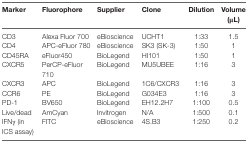
| Marker | Fluorophore | Supplier | Clone | Dilution | Volume (μL) |
 | --- | --- | --- | --- | --- | --- |
 | CD3 | Alexa Fluor 700 | eBioscience | UCHT1 | 1:33 | 1.5 |
 | CD4 | APC-eFluor 780 | eBioscience | SK3 (SK-3) | 1:50 | 1 |
 | CD45RA | eFluor450 | BioLegend | HI101 | 1:50 | 1 |
 | CXCR5 | PerCP-eFluor 710 | BioLegend | MU5UBEE | 1:16 | 3 |
 | CXCR3 | APC | BioLegend | 1C6/CXCR3 | 1:16 | 3 |
 | CCR6 | PE | BioLegend | G034E3 | 1:16 | 3 |
 | PD-1 | BV650 | BioLegend | EH12.2H7 | 1:100 | 0.5 |
 | Live/dead | AmCyan | Invitrogen | N/A | 1:500 | 0.1 |
 | IFNγ (in ICS assay) | FITC | eBioscience | 4S.B3 | 1:250 | 0.2 |